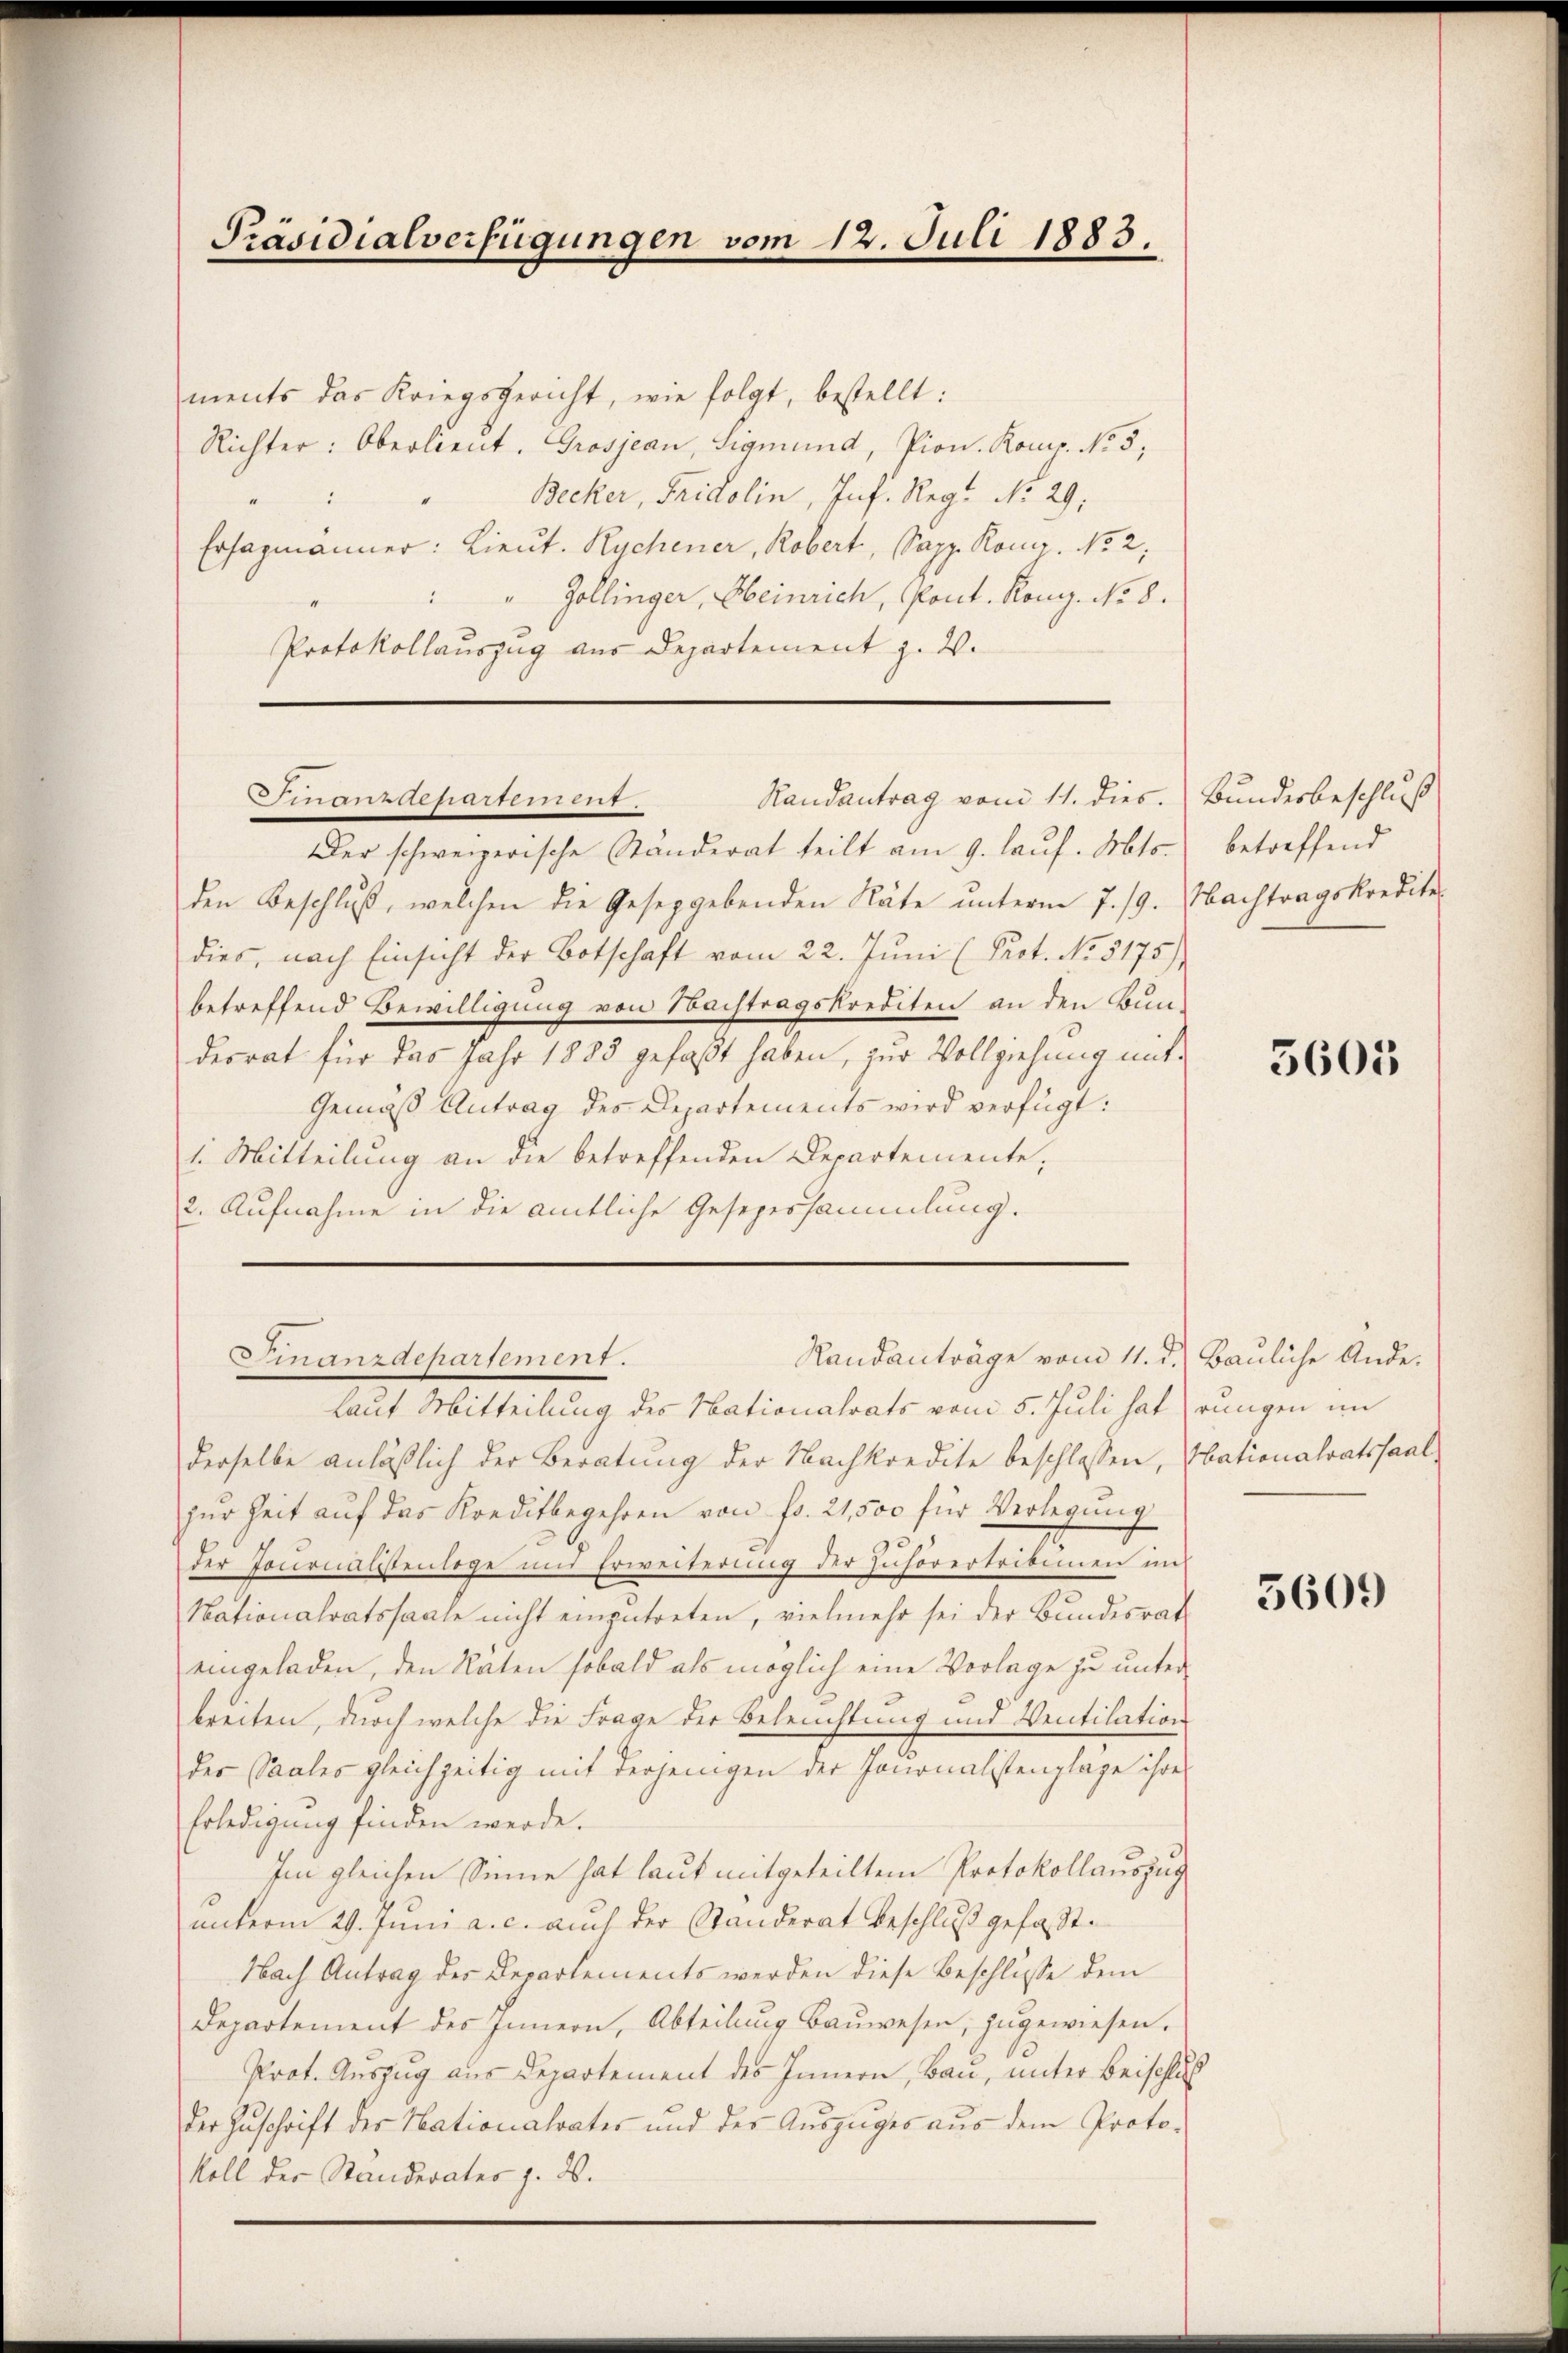
ments das Kriegsgericht, wie folgt, bestellt:
Richter: Oberlieŭt. Grosjean, Sigmund, Pion. Komp. No 5;
Becker, Fridolin, Inf. Reg. No 29;
1
Erhagmänner: Lieut. Rychener, Robert, Sapp. Konr. No. 2;
5
" Zollinger, Heinrich, Pont. Kong. No 8.
Protokollauszug aus Departement z. B.

Präsidialverfügungen vom 12. Juli 1883.

Sizdepartement.
Randantrag vom 11. dies.

Der schweizerische Ständerat teilt am 9. laŭf. Mts.
den Beschluß, welchen die Geseggebenden Räte unterm 7./9. Nachtragskredite
dies, nach Einsicht der Botschaft vom 22. Jŭni (Prot. No. 5175)
betreffend Bewilligung von Nachtragskrediten an den Bun-
desrat für das Jahr 1883 gefaßt haben, zur Vollziehung mit¬
Gemäß Antrag des Departements wird verfügt:
1. Mitteilung an die betreffenden Departemente,
2. Aufnahme in die amtliche Gesezessammlung.

Finanzdepartement.
Randanträge vom 11. d.) Bauliche Ande¬

Laut Mitteilung des Nationalrats vom 5. Juli hat (rungen im
derselbe anläßlich der Beratung der Nachkredite beschlossen, Obationalratssaal,
zŭr Zeit aŭf das Kreditbegehren von fr. 21,500 für Verlegung
der Socionalistenlage und Erweiterung der Zuhörertritimen im
Nationalratssaale nicht einzutreten, vielmehr sei der Bundesrat
eingeladen, den Raten sobald als möglich eine Vorlage zu unter-
breiten, durch welche die Frage der Beleuchtung und Ventilation
des Saales gleichzeitig mit derjenigen der Journalistenplage ihre
Erledigung finden werde.
Im gleichen Sinne hat laut mitgeteiltem Protokollauszug
unterm 29. Juni a. c. auch der Standerat beschluß gefasst.
Nach Antrag des Departements werden diese Beschlusse dem
Departement des Innern, Abteilung Baŭwesen, zugewiesen.
Prot. Auszug aus Departement des Innern, Bau, unter Beischluß
der Zuschrift der Nationalrates und der Aŭszŭges aus dem Proto-
koll der Standerates z. B.

Bundesbeschluß
betreffend

5605

3609